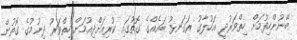
ބޭނުންހިފުމަށް ހިތްވަރުދީ އަހުލާގު ރަގަނޅު ބައެއްގެ ގޮތުގައި ކުރިއަށްދިއުމަށް ހިތްވަރު ދިނުމުގެ ގޮތުން